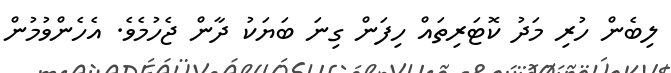
ލިބެން ހުރި މަދު ކޮޓަރިތައް ހިފަން ގިނަ ބަޔަކު ދާން ޖެހުމެވެ. އެހެންވުމުން